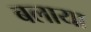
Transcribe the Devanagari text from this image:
बलाया